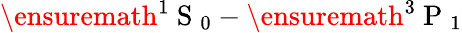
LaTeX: \ensuremath{{^1\mathrm{~S~}_{0}}}-\ensuremath{{^3\mathrm{~P~}_{1}}}